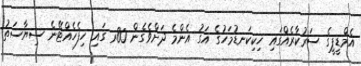
އެމްޑީޕީގެ ސަރުކާރެއްގައި ހިކިކަނޑުމަހުގެ އަގު އެންމެ ދަށްވެގެން 80ރ ގައި ހިފެހެއްޓޭނެ ސިޔާސަތު